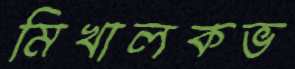
মিখালকভ